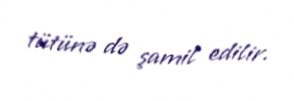
tütünə də şamil edilir.